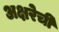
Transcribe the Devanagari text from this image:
अक्षरेची